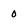
Character: 0